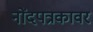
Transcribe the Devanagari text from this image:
नोंदपत्रकावर